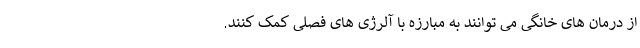
از درمان های خانگی می توانند به مبارزه با آلرژی های فصلی کمک کنند.